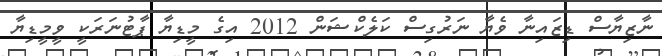
ނާޒިޔާސް ޑިޒައިނާ ވެޔާ ނަރުގިސް ކަލެކްޝަން 2012 އިގެ މީޑިޔާ ޕާޓުނަރަކީ ވީމީޑިޔާ